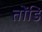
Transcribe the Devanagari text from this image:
तोंडि